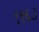
૧૧૬૩